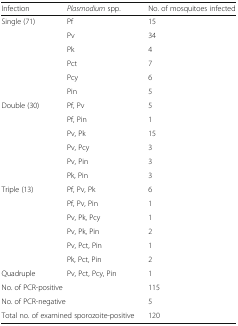
<table><thead><tr><td><b>Infection</b></td><td><b><i>Plasmodium</i> spp.</b></td><td><b>No. of mosquitoes infected</b></td></tr></thead><tbody><tr><td rowspan="6">Single (71)</td><td>Pf</td><td>15</td></tr><tr><td>Pv</td><td>34</td></tr><tr><td>Pk</td><td>4</td></tr><tr><td>Pct</td><td>7</td></tr><tr><td>Pcy</td><td>6</td></tr><tr><td>Pin</td><td>5</td></tr><tr><td rowspan="6">Double (30)</td><td>Pf, Pv</td><td>5</td></tr><tr><td>Pf, Pin</td><td>1</td></tr><tr><td>Pv, Pk</td><td>15</td></tr><tr><td>Pv, Pcy</td><td>3</td></tr><tr><td>Pv, Pin</td><td>3</td></tr><tr><td>Pk, Pin</td><td>3</td></tr><tr><td rowspan="6">Triple (13)</td><td>Pf, Pv, Pk</td><td>6</td></tr><tr><td>Pf, Pv, Pin</td><td>1</td></tr><tr><td>Pv, Pk, Pcy</td><td>1</td></tr><tr><td>Pv, Pk, Pin</td><td>2</td></tr><tr><td>Pv, Pct, Pin</td><td>1</td></tr><tr><td>Pk, Pct, Pin</td><td>2</td></tr><tr><td>Quadruple</td><td>Pv, Pct, Pcy, Pin</td><td>1</td></tr><tr><td colspan="2">No. of PCR-positive</td><td>115</td></tr><tr><td colspan="2">No. of PCR-negative</td><td>5</td></tr><tr><td colspan="2">Total no. of examined sporozoite-positive</td><td>120</td></tr></tbody></table>